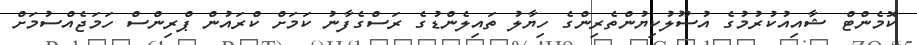
ކޮމެންޓް ޝާއިއުކުރުމުގެ އުސޫލުކިޔުންތެރިންގެ ހިޔާލު ތައިލެންޑުގެ ރަސްގެފާނު ކަމަށް ކްރައުން ޕްރިންސް ހަމަޖެއްސުމަށް